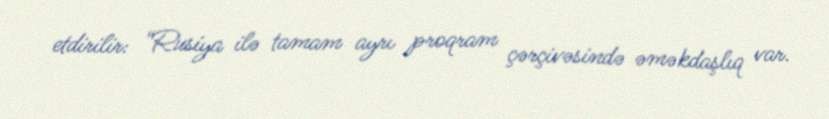
etdirilir: “Rusiya ilə tamam ayrı proqram çərçivəsində əməkdaşlıq var.